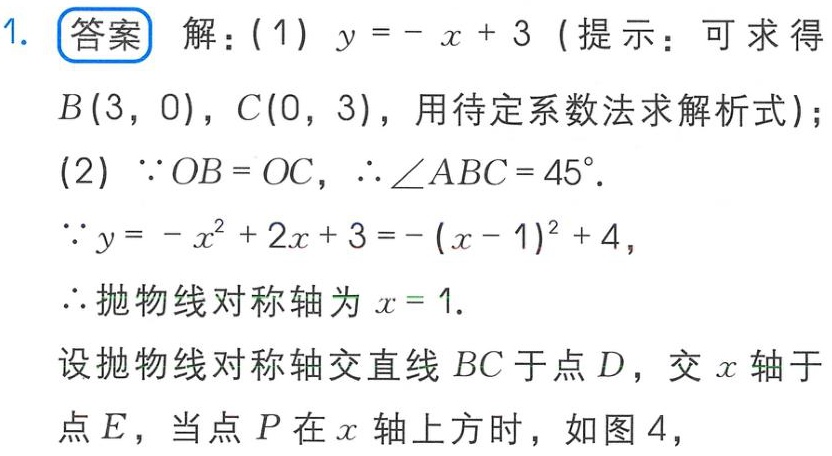
1. 答案 解：(1) \(y = -x + 3\) (提示：可求得
\(B(3,0)\)，\(C(0,3)\)，用待定系数法求解析式)；
(2) \(\because OB = OC\)，\(\therefore \angle ABC = 45^{\circ}\).
\(\because y=-x^{2}+2x + 3=-(x - 1)^{2}+4\)，
\(\therefore\)抛物线对称轴为 \(x = 1\).
设抛物线对称轴交直线 \(BC\)于点 \(D\)，交 \(x\)轴于
点 \(E\)，当点 \(P\)在 \(x\)轴上方时，如图 4，